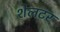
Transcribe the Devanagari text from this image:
शेलटर